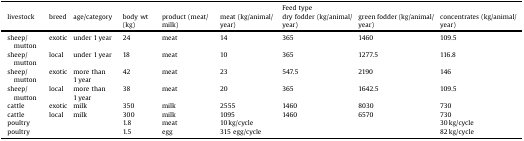
<table><thead><tr><td></td><td></td><td></td><td></td><td></td><td></td><td><b>Feed type</b></td><td></td><td></td></tr><tr><td><b>livestock</b></td><td><b>breed</b></td><td><b>age/category</b></td><td><b>body wt (kg)</b></td><td><b>product (meat/milk)</b></td><td><b>meat (kg/animal/year)</b></td><td><b>dry fodder (kg/animal/year)</b></td><td><b>green fodder (kg/animal/year)</b></td><td><b>concentrates (kg/animal/year)</b></td></tr></thead><tbody><tr><td>sheep/mutton</td><td>exotic</td><td>under 1 year</td><td>24</td><td>meat</td><td>14</td><td>365</td><td>1460</td><td>109.5</td></tr><tr><td>sheep/mutton</td><td>local</td><td>under 1 year</td><td>18</td><td>meat</td><td>10</td><td>365</td><td>1277.5</td><td>116.8</td></tr><tr><td>sheep/mutton</td><td>exotic</td><td>more than 1 year</td><td>42</td><td>meat</td><td>23</td><td>547.5</td><td>2190</td><td>146</td></tr><tr><td>sheep/mutton</td><td>local</td><td>more than 1 year</td><td>38</td><td>meat</td><td>20</td><td>365</td><td>1642.5</td><td>109.5</td></tr><tr><td>cattle</td><td>exotic</td><td>milk</td><td>350</td><td>milk</td><td>2555</td><td>1460</td><td>8030</td><td>730</td></tr><tr><td>cattle</td><td>local</td><td>milk</td><td>300</td><td>milk</td><td>1095</td><td>1460</td><td>6570</td><td>730</td></tr><tr><td>poultry</td><td></td><td></td><td>1.8</td><td>meat</td><td>10 kg/cycle</td><td></td><td></td><td>30 kg/cycle</td></tr><tr><td>poultry</td><td></td><td></td><td>1.5</td><td>egg</td><td>315 egg/cycle</td><td></td><td></td><td>82 kg/cycle</td></tr></tbody></table>